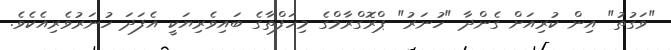
"ވަގުތު" އިން ކުރިއަށް ގެންދާ "ހުނަރު" ޕްރޮގްރާމްގެ މިހަފްތާގެ ބައިވެރިޔަކީ އެފަދަ ހުނަރުވެރިއެކެވެ.